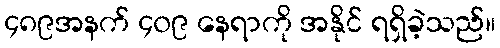
၄၈၉အနက် ၄၀၉ နေရာကို အနိုင် ရရှိခဲ့သည်။